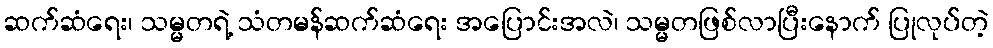
ဆက်ဆံရေး၊ သမ္မတရဲ့ သံတမန်ဆက်ဆံရေး အပြောင်းအလဲ၊ သမ္မတဖြစ်လာပြီးနောက် ပြုလုပ်တဲ့